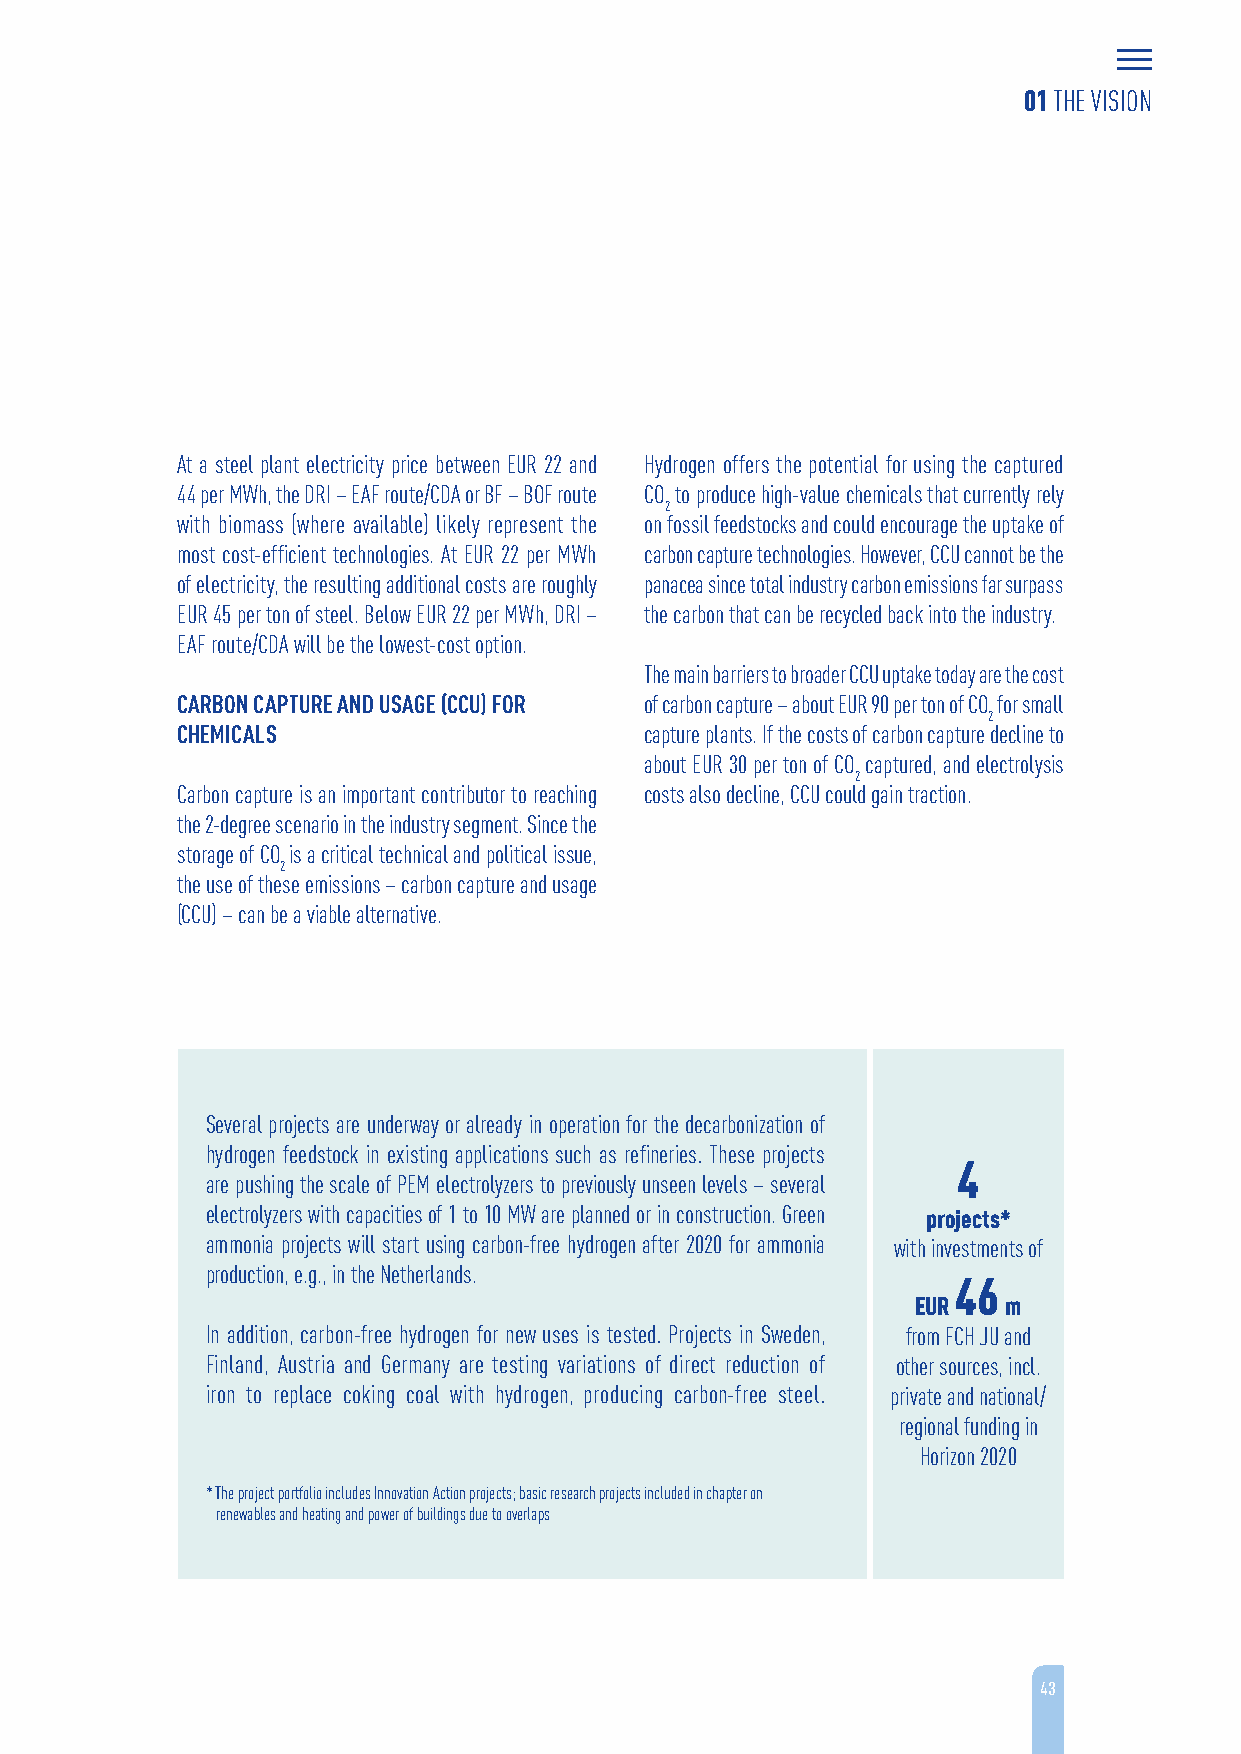
01 THE VISION
 At a steel plant electricity price between EUR 22 and Hydrogen offers the potential for using the captured
 44 per MWh, the DRI – EAF route/CDA or BF – BOF route CO to produce high-value chemicals that currently rely
 2
 with biomass (where available) likely represent the on fossil feedstocks and could encourage the uptake of
 most cost-efficient technologies. At EUR 22 per MWh carbon capture technologies. However, CCU cannot be the
 of electricity, the resulting additional costs are roughly panacea since total industry carbon emissions far surpass
 EUR 45 per ton of steel. Below EUR 22 per MWh, DRI – the carbon that can be recycled back into the industry.
 EAF route/CDA will be the lowest-cost option.
 The main barriers to broader CCU uptake today are the cost
 CARBON CAPTURE AND USAGE (CCU) FOR of carbon capture – about EUR 90 per ton of CO for small
 2
 CHEMICALS                      capture plants. If the costs of carbon capture decline to
 about EUR 30 per ton of CO captured, and electrolysis
 2
 Carbon capture is an important contributor to reaching costs also decline, CCU could gain traction.
 the 2-degree scenario in the industry segment. Since the
 storage of CO is a critical technical and political issue,
 2
 the use of these emissions – carbon capture and usage
 (CCU) – can be a viable alternative.
 Several projects are underway or already in operation for the decarbonization of
 hydrogen feedstock in existing applications such as refineries. These projects
 4
 are pushing the scale of PEM electrolyzers to previously unseen levels – several
 electrolyzers with capacities of 1 to 10 MW are planned or in construction. Green projects*
 ammonia projects will start using carbon-free hydrogen after 2020 for ammonia with investments of
 production, e.g., in the Netherlands.
 46
 EUR   m
 In addition, carbon-free hydrogen for new uses is tested. Projects in Sweden, from FCH JU and
 Finland, Austria and Germany are testing variations of direct reduction of other sources, incl.
 iron to replace coking coal with hydrogen, producing carbon-free steel. private and national/
 regional funding in
 Horizon 2020
 * The project portfolio includes Innovation Action projects; basic research projects included in chapter on
 renewables and heating and power of buildings due to overlaps
 43